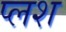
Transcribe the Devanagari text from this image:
प्लश